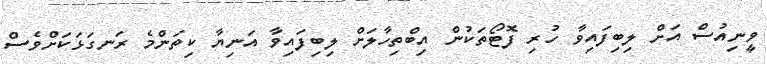
ވީނިއުސް އަށް ލިބިފައިވާ ހުރި ފޮޓޯތަކުން އިބްތިހާލަށް ލިބިފައިވާ އަނިޔާ ކިތަންމެ ރަނގަޅަކަށްވެސް